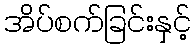
အိပ်စက်ခြင်းနှင့်